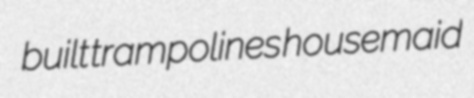
built trampolines housemaid